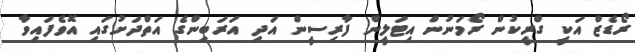
ރޯޑެޒް އަކީ ގްރީކުން ރޯމަނުން އިޓަލީން ފާރިސީން އަދި އަރަބިންގެ އަތްދަށުގައި އޮވެފައިވާ